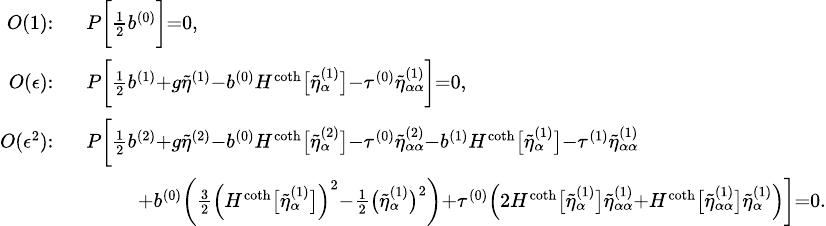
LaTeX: \begin{array}{rl}{{\scriptstyle O(1):}}&{\, {\scriptstyle P\bigg[\frac{1}{2}b^{(0)}\bigg]=0,}}\\ {{\scriptstyle O(\epsilon):}}&{\, {\scriptstyle P\bigg[\frac{1}{2}b^{(1)}+g\tilde{\eta}^{(1)}-b^{(0)}H^{\coth}\big[\tilde{\eta}_{\alpha}^{(1)}\big]-\tau^{(0)}\tilde{\eta}_{\alpha\alpha}^{(1)}\bigg]=0,}}\\ {{\scriptstyle O(\epsilon^{2}):}}&{\, {\scriptstyle P\bigg[\frac{1}{2}b^{(2)}+g\tilde{\eta}^{(2)}-b^{(0)}H^{\coth}\big[\tilde{\eta}_{\alpha}^{(2)}\big]-\tau^{(0)}\tilde{\eta}_{\alpha\alpha}^{(2)}-b^{(1)}H^{\coth}\big[\tilde{\eta}_{\alpha}^{(1)}\big]-\tau^{(1)}\tilde{\eta}_{\alpha\alpha}^{(1)}}}\\ &{{\scriptstyle\qquad+b^{(0)}\left(\frac{3}{2}\left(H^{\coth}\big[\tilde{\eta}_{\alpha}^{(1)}\big]\right)^{2}-\frac{1}{2}\big(\tilde{\eta}_{\alpha}^{(1)}\big)^{2}\right)+\tau^{(0)}\left(2H^{\coth}\big[\tilde{\eta}_{\alpha}^{(1)}\big]\tilde{\eta}_{\alpha\alpha}^{(1)}+H^{\coth}\big[\tilde{\eta}_{\alpha\alpha}^{(1)}\big]\tilde{\eta}_{\alpha}^{(1)}\right)\bigg]=0.}}\end{array}